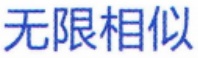
无限相似